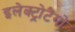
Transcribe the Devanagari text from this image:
इलेक्ट्रोटैंगो